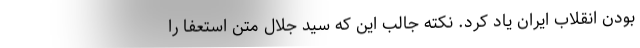
بودن انقلاب ایران یاد کرد. نکته جالب این که سید جلال متن استعفا را